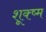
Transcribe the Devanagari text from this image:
शूक्ष्म